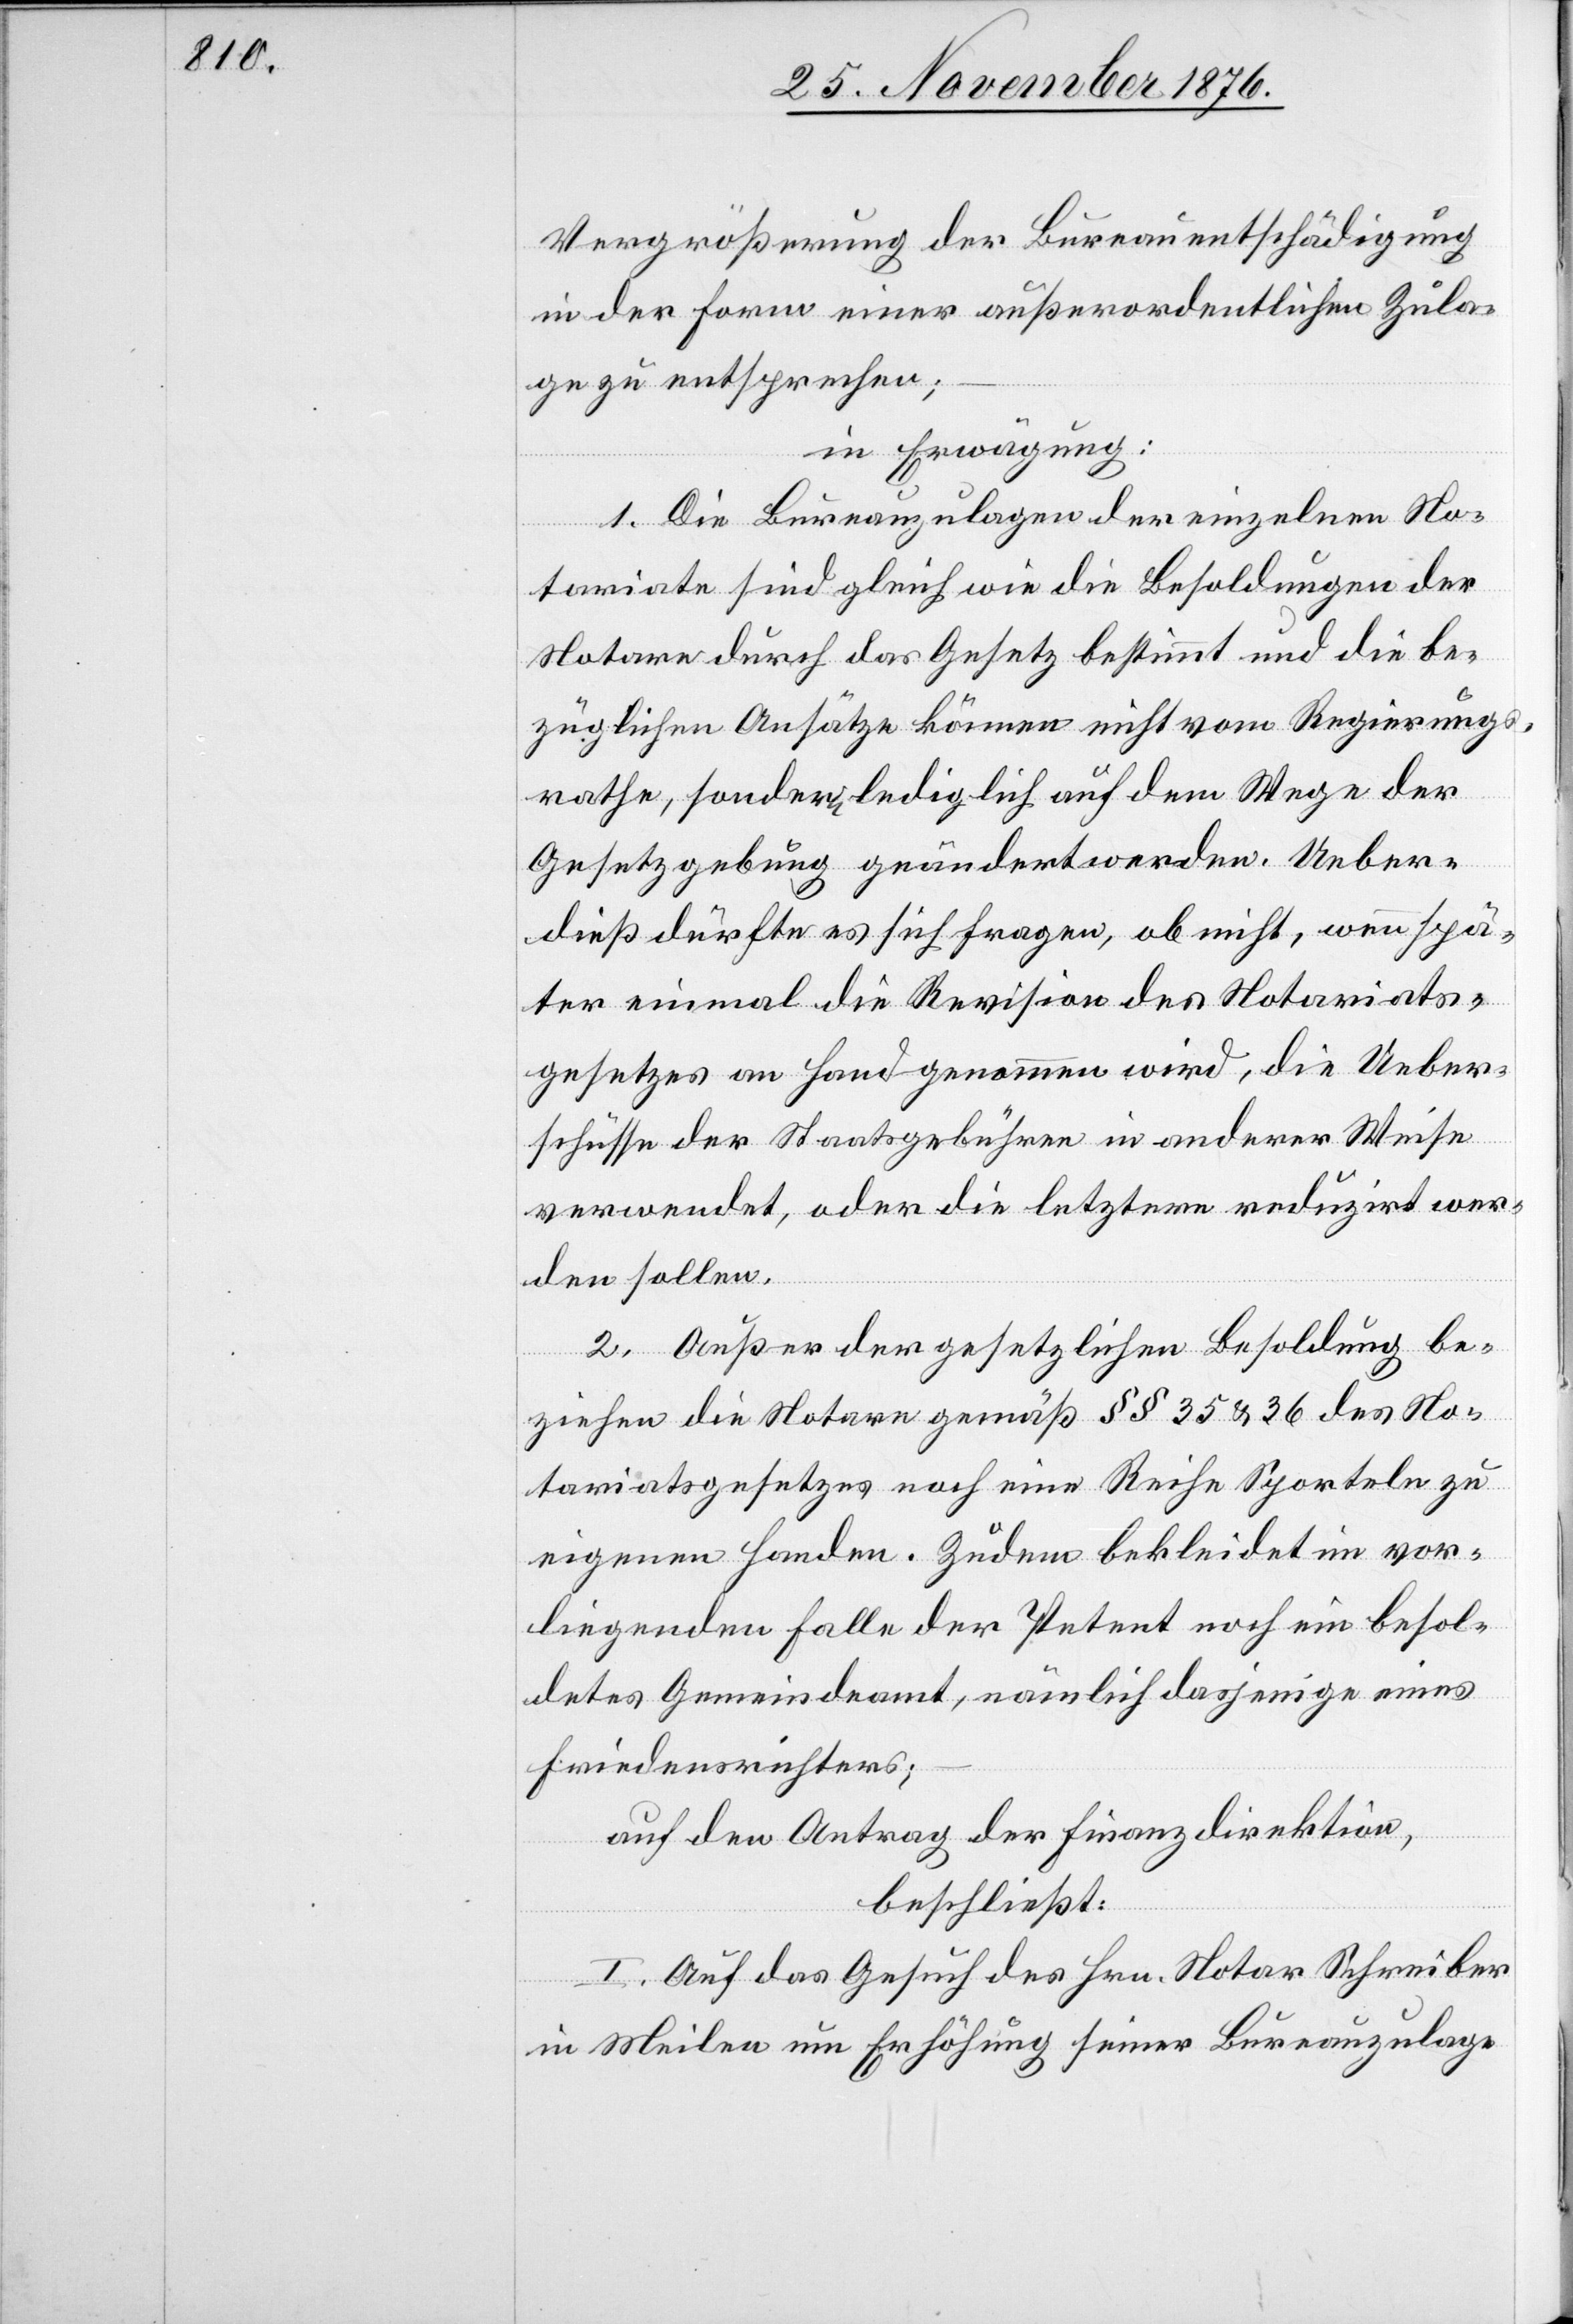
Vergrößerung der Bureauentschädigung
in der Form einer außerordentlichen Zula¬
ge zu entsprechen;
in Erwägung:
1. Die Bureauzulagen der einzelnen No¬
tariate sind gleich wie die Besoldungen der
Notare durch das Gesetz bestimmt und die be¬
züglichen Ansätze können nicht vom Regierungs¬
rathe, sondern lediglich auf dem Wege der
Gesetzgebung geändert werden. Ueber¬
dieß dürfte es sich fragen, ob nicht, wenn spä¬
ter einmal die Revision des Notariats¬
gesetzes an Hand genommen wird, die Ueber¬
schüsse der Staatsgebühren in anderer Weise
verwendet, oder die letztern reduzirt wer¬
den sollen.
2. Außer der gesetzlichen Besoldung be¬
ziehen die Notare gemäß §§ 35 & 36 des No¬
tariatsgesetzes noch eine Reihe Sporteln zu
eigenen Handen. Zudem bekleidet im vor¬
liegenden Falle der Petent noch ein besol¬
detes Gemeindeamt, nämlich dasjenige eines
Friedensrichters;
auf den Antrag der Finanzdirektion,
beschließt
I. Auf das Gesuch des Hrn. Notar Schreiber
in Meilen um Erhöhung seiner Bureauzulage